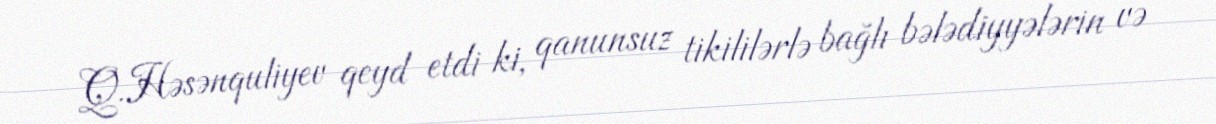
Q.Həsənquliyev qeyd etdi ki, qanunsuz tikililərlə bağlı bələdiyyələrin və